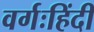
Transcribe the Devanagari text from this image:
वर्गःहिंदी